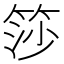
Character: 𬕍